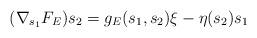
LaTeX: \begin{align*}(\nabla_{s_1}F_E)s_2=g_E(s_1,s_2)\xi-\eta(s_2)s_1\end{align*}